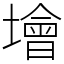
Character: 𡑭